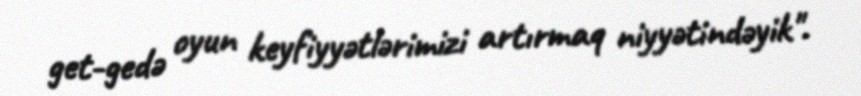
get-gedə oyun keyfiyyətlərimizi artırmaq niyyətindəyik".